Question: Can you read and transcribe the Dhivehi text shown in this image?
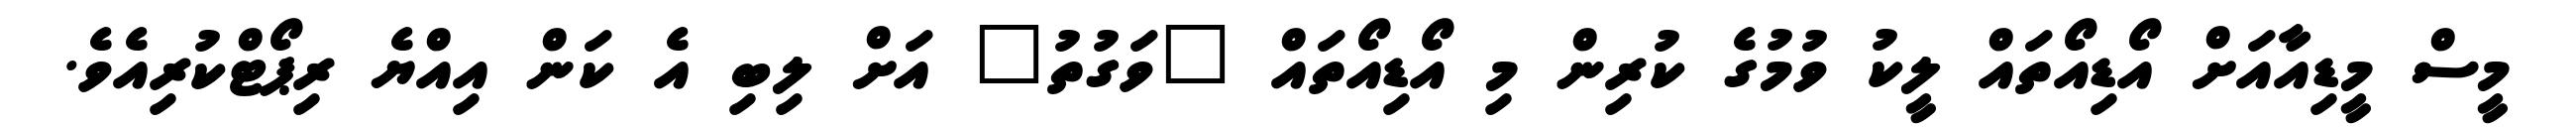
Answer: މީސް މީޑިއާއަށް އޯޑިއޯތައް ލީކު ވުމުގެ ކުރިން މި އޯޑިއޯތައް "ވަގުތު" އަށް ލިބި އެ ކަން އިއްޔެ ރިޕޯޓްކުރިއެވެ.